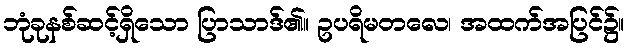
ဘုံခုနစ်ဆင့်ရှိသော ပြာသာဒ်၏။ ဥပရိမတလေ၊ အထက်အပြင်၌။